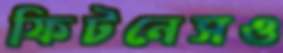
ফিটনেসও